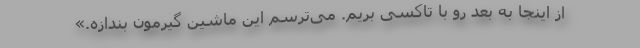
از اینجا به بعد رو با تاکسی بریم. می‌ترسم این ماشین گیرمون بندازه.»